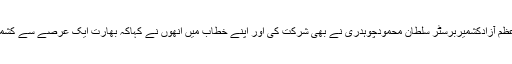
اس مظاہرے میں سابق وزیراعظم آزادکشمیربرسٹر سلطان محمودچوہدری نے بھی شرکت کی اور اپنے خطاب میں انھوں نے کہاکہ بھارت ایک عرصے سے کشمیریوں پر ظلم و ستم کررہاہے۔